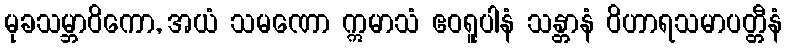
မုခသမ္ဘာဝိကော, အယံ သမဏော ဣမာသံ ဧဝရူပါနံ သန္တာနံ ဝိဟာရသမာပတ္တီနံ